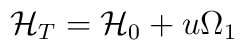
{\cal H}_T={\cal H}_0+u \Omega_{1}